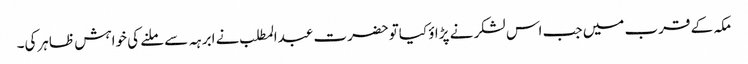
مکہ کے قرب میں جب اس لشکر نے پڑاؤ کیاتوحضرت عبدالمطلب نے ابرہہ سے ملنے کی خواہش ظاہرکی۔